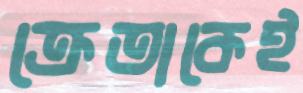
ক্রেতাকেই